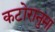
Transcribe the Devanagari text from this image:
कटोरानुमा